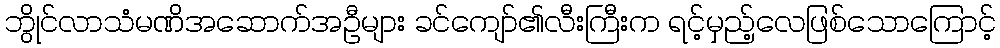
ဘွိုင်လာသံမဏိအဆောက်အဦများ ခင်ကျော်၏လီးကြီးက ရင့်မှည့်လေဖြစ်သောကြောင့်